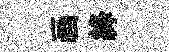
画絳